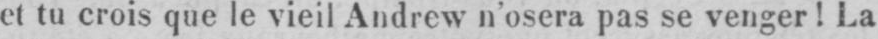
et tu crois que le vieil Andrew n’osera pas se venger! La